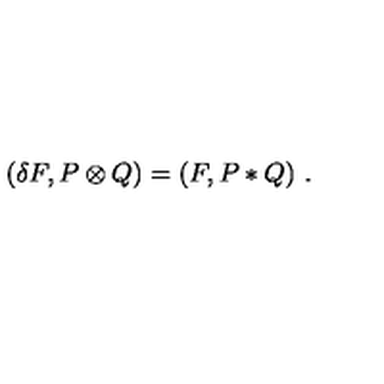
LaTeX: ( \delta F , P \otimes Q ) = ( F , P * Q ) \ .